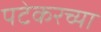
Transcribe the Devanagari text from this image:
पटेकरच्या